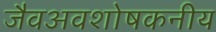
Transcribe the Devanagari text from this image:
जैवअवशोषकनीय